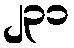
၂၃၁